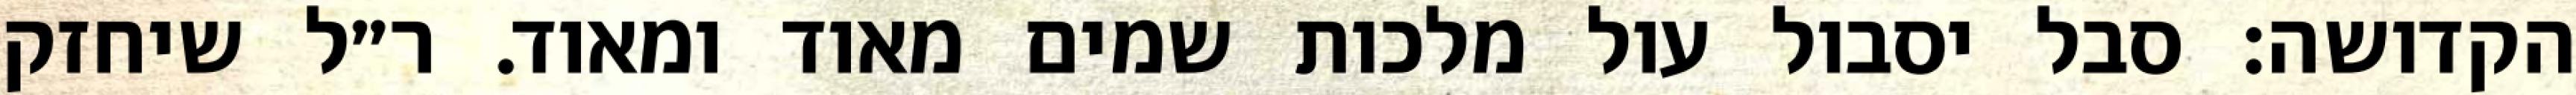
הקדושה: סבל יסבול עול מלכות שמים מאוד ומאוד. ר״ל שיחזק